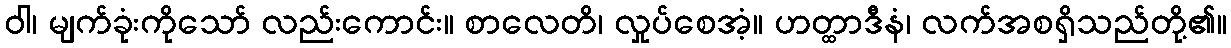
ဝါ၊ မျက်ခုံးကိုသော် လည်းကောင်း။ စာလေတိ၊ လှုပ်စေအံ့။ ဟတ္ထာဒီနံ၊ လက်အစရှိသည်တို့၏။